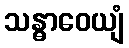
သန္ဓာဝေယျံ